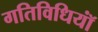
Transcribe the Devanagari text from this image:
गतिविधियॉं